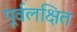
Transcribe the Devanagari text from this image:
पूर्वलक्षित